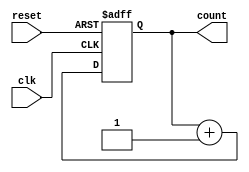
module async_counter #(parameter WIDTH = 4) (
    input wire clk,            // Clock input
    input wire reset,          // Asynchronous reset input
    output reg [WIDTH-1:0] count // Output count
);

    // Asynchronous reset: Set count to 0 when reset is high
    always @(posedge clk or posedge reset) begin
        if (reset) begin
            count <= 0; // Reset count to 0
        end else begin
            count <= count + 1; // Increment count on clock edge
        end
    end

endmodule